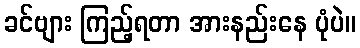
ခင်ဗျား ကြည့်ရတာ အားနည်းနေ ပုံပဲ။